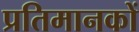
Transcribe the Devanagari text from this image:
प्रतिमानकों